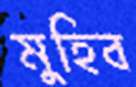
মুহিব